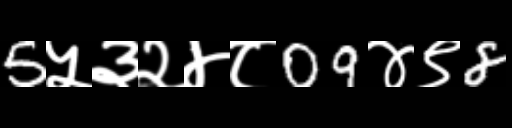
Text: 5५३२४८09४९8